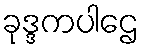
ခုဒ္ဒကပါဌေ